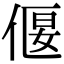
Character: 偃